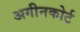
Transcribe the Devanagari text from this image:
अगीनकोर्ट